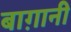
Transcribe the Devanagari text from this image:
बाग़ानी